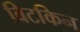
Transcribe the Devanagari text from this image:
विटकिन